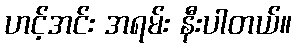
ဟင့်အင်း အရမ်း နီးပါတယ်။